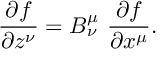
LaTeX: { \frac { \partial f } { \partial z ^ { \nu } } } = B _ { \nu } ^ { \mu } \ { \frac { \partial f } { \partial x ^ { \mu } } } .